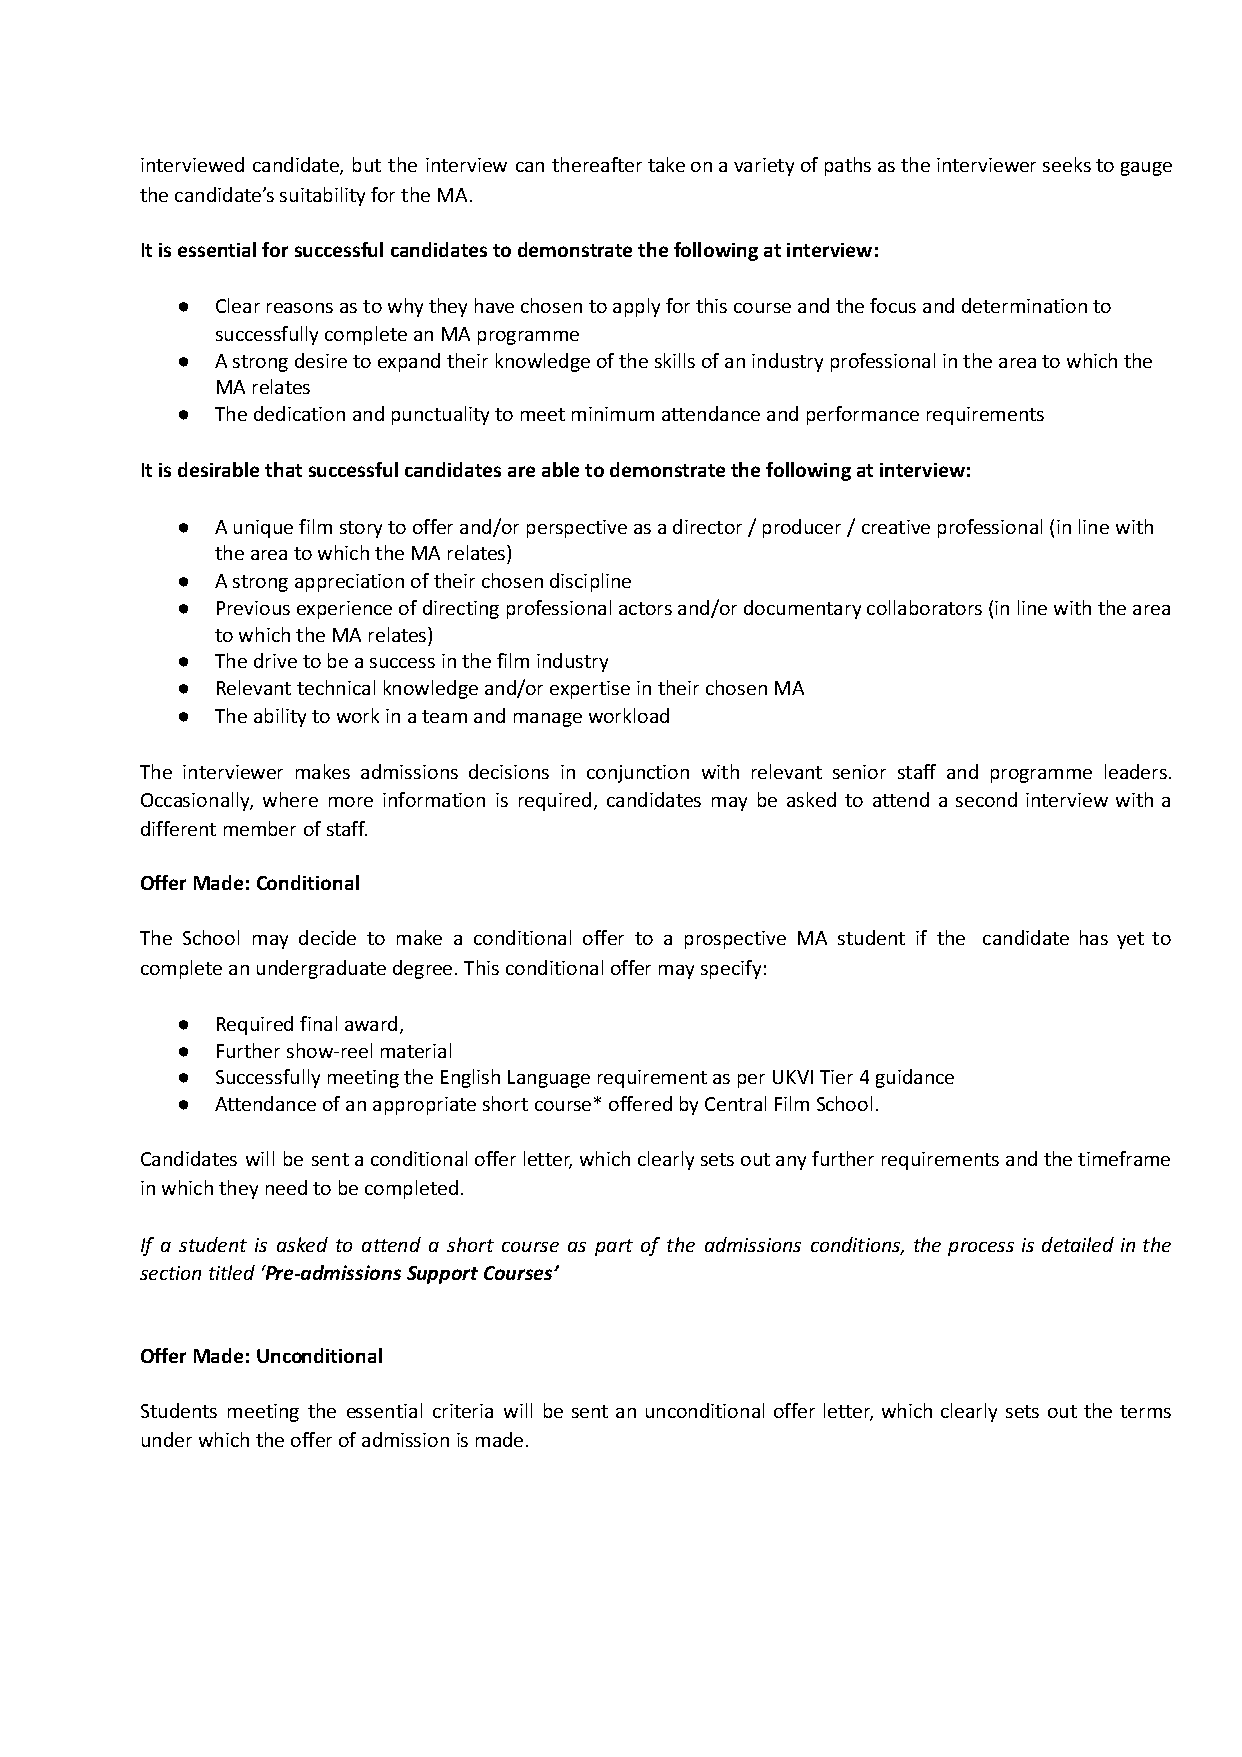
interviewed candidate, but the interview can thereafter take on a variety of paths as the interviewer seeks to gauge
 the candidate’s suitability for the MA.
 It is essential for successful candidates to demonstrate the following at interview:
 ● Clear reasons as to why they have chosen to apply for this course and the focus and determination to
 successfully complete an MA programme
 ● A strong desire to expand their knowledge of the skills of an industry professional in the area to which the
 MA relates
 ● The dedication and punctuality to meet minimum attendance and performance requirements
 It is desirable that successful candidates are able to demonstrate the following at interview:
 ● A unique film story to offer and/or perspective as a director / producer / creative professional (in line with
 the area to which the MA relates)
 ● A strong appreciation of their chosen discipline
 ● Previous experience of directing professional actors and/or documentary collaborators (in line with the area
 to which the MA relates)
 ● The drive to be a success in the film industry
 ● Relevant technical knowledge and/or expertise in their chosen MA
 ● The ability to work in a team and manage workload
 The interviewer makes admissions decisions in conjunction with relevant senior staff and programme leaders.
 Occasionally, where more information is required, candidates may be asked to attend a second interview with a
 different member of staff.
 Offer Made: Conditional
 The School may decide to make a conditional offer to a prospective MA student if the candidate has yet to
 complete an undergraduate degree. This conditional offer may specify:
 ● Required final award,
 ● Further show-reel material
 ● Successfully meeting the English Language requirement as per UKVI Tier 4 guidance
 ● Attendance of an appropriate short course* offered by Central Film School.
 Candidates will be sent a conditional offer letter, which clearly sets out any further requirements and the timeframe
 in which they need to be completed.
 If a student is asked to attend a short course as part of the admissions conditions, the process is detailed in the
 section titled ‘P re-admissions Support Courses’
 Offer Made: Unconditional
 Students meeting the essential criteria will be sent an unconditional offer letter, which clearly sets out the terms
 under which the offer of admission is made.